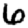
Digit: 6